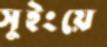
সুইংয়ে